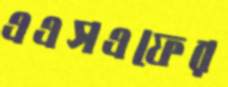
এএসএফের